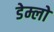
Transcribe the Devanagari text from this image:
डेम्लो